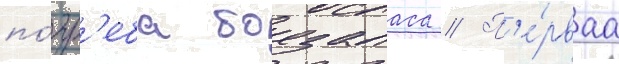
по́гр'еба боезапаса // П'е́рваа